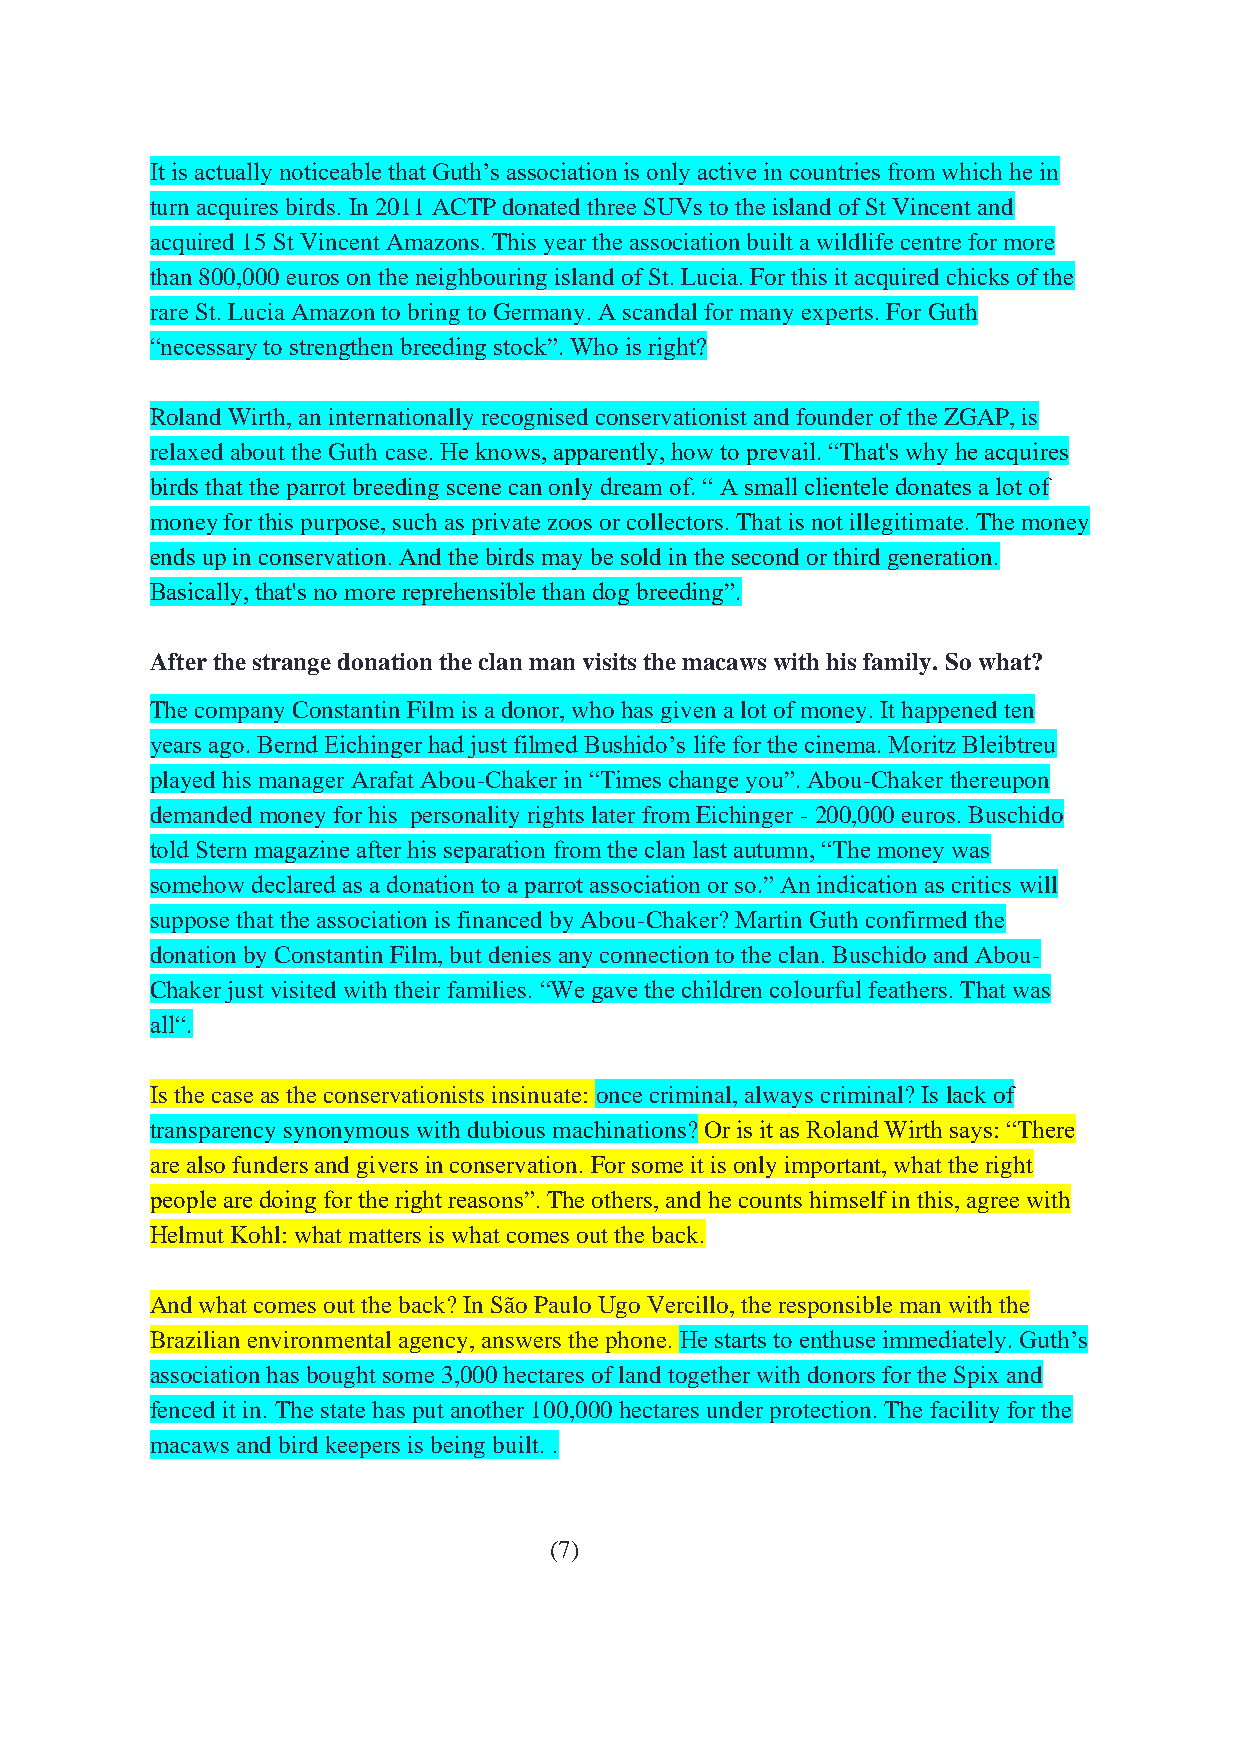
It is actually noticeable that Guth’s association is only active in countries from which he in
 turn acquires birds. In 2011 ACTP donated three SUVs to the island of St Vincent and
 acquired 15 St Vincent Amazons. This year the association built a wildlife centre for more
 than 800,000 euros on the neighbouring island of St. Lucia. For this it acquired chicks of the
 rare St. Lucia Amazon to bring to Germany. A scandal for many experts. For Guth
 “necessary to strengthen breeding stock”. Who is right?
 Roland Wirth, an internationally recognised conservationist and founder of the ZGAP, is
 relaxed about the Guth case. He knows, apparently, how to prevail. “That's why he acquires
 birds that the parrot breeding scene can only dream of. “ A small clientele donates a lot of
 money for this purpose, such as private zoos or collectors. That is not illegitimate. The money
 ends up in conservation. And the birds may be sold in the second or third generation.
 Basically, that's no more reprehensible than dog breeding”.
 After the strange donation the clan man visits the macaws with his family. So what?
 The company Constantin Film is a donor, who has given a lot of money. It happened ten
 years ago. Bernd Eichinger had just filmed Bushido’s life for the cinema. Moritz Bleibtreu
 played his manager Arafat Abou-Chaker in “Times change you”. Abou-Chaker thereupon
 demanded money for his personality rights later from Eichinger - 200,000 euros. Buschido
 told Stern magazine after his separation from the clan last autumn, “The money was
 somehow declared as a donation to a parrot association or so.” An indication as critics will
 suppose that the association is financed by Abou-Chaker? Martin Guth confirmed the
 donation by Constantin Film, but denies any connection to the clan. Buschido and Abou-
 Chaker just visited with their families. “We gave the children colourful feathers. That was
 all“.
 Is the case as the conservationists insinuate: once criminal, always criminal? Is lack of
 transparency synonymous with dubious machinations? Or is it as Roland Wirth says: “There
 are also funders and givers in conservation. For some it is only important, what the right
 people are doing for the right reasons”. The others, and he counts himself in this, agree with
 Helmut Kohl: what matters is what comes out the back.
 And what comes out the back? In São Paulo Ugo Vercillo, the responsible man with the
 Brazilian environmental agency, answers the phone. He starts to enthuse immediately. Guth’s
 association has bought some 3,000 hectares of land together with donors for the Spix and
 fenced it in. The state has put another 100,000 hectares under protection. The facility for the
 macaws and bird keepers is being built. .
 (7)